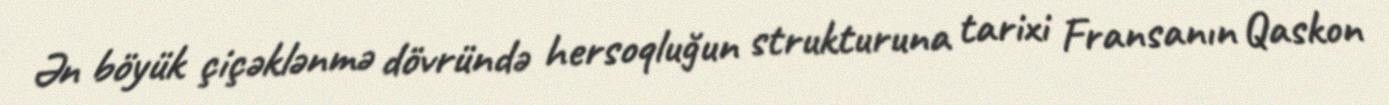
Ən böyük çiçəklənmə dövründə hersoqluğun strukturuna tarixi Fransanın Qaskon